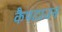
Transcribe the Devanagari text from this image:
कैपटाउन